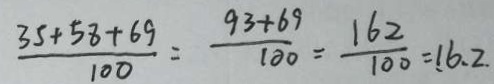
\frac { 3 5 + 5 8 + 6 9 } { 1 0 0 } = \frac { 9 3 + 6 9 } { 1 0 0 } = \frac { 1 6 2 } { 1 0 0 } = 1 6 . 2 .